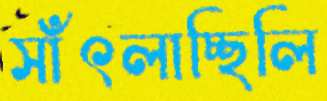
সাঁৎলাচ্ছিলি